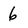
Character: 6